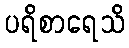
ပရိစာရေသိ